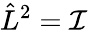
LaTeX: \hat{L}^{2}=\mathcal{I}